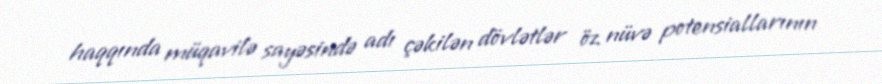
haqqında müqavilə sayəsində adı çəkilən dövlətlər öz nüvə potensiallarının